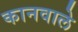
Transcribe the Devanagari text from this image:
कानवाले